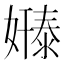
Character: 𫱸